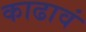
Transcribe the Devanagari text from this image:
काढावं